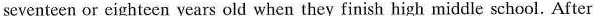
seventeen or eighteen years old when they finish high middle school. After